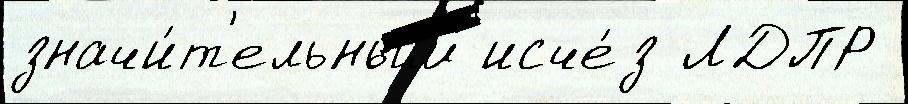
значи́т'ельным исче́з ЛДПР